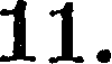
11.